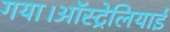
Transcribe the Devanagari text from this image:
गया।ऑस्ट्रेलियाई